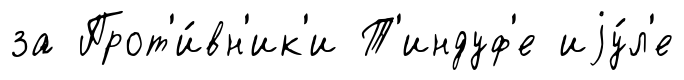
за Прот'и́вн'ик'и Т'индуф'е иjу́л'е